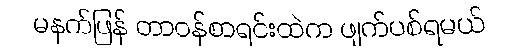
မနက်ဖြန် တာဝန်စာရင်းထဲက ဖျက်ပစ်ရမယ်